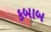
કબાબ